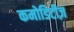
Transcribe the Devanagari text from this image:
कमोडिटीज़